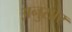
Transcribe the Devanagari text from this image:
अनुसार